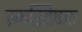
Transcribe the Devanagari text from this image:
प्रमस्तिषक